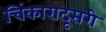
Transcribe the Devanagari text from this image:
चिंकारादूसरी